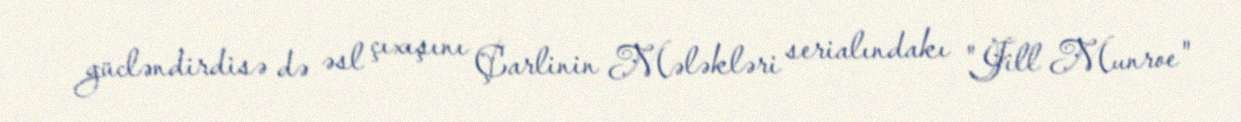
gücləndirdisə də əsl çıxışını Çarlinin Mələkləri serialındakı "Jill Munroe"